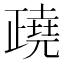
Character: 𣦥